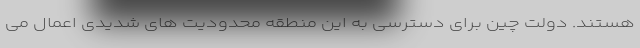
هستند. دولت چین برای دسترسی به این منطقه محدودیت های شدیدی اعمال می